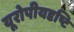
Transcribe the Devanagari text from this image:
यूरोपीयदृष्टि